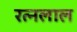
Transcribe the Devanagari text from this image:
रत्नलाल